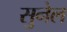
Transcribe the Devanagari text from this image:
सुनेल